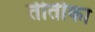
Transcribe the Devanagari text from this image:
तीतीका